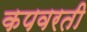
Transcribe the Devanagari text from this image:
कपवरती